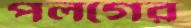
পলগের